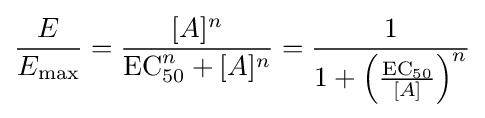
{\frac {E}{E_{\mathrm {max} }}}={\frac {[A]^{n}}{{\text{EC}}_{50}^{n}+[A]^{n}}}={\frac {1}{1+\left({\frac {\mathrm {EC} _{50}}{[A]}}\right)^{n}}}